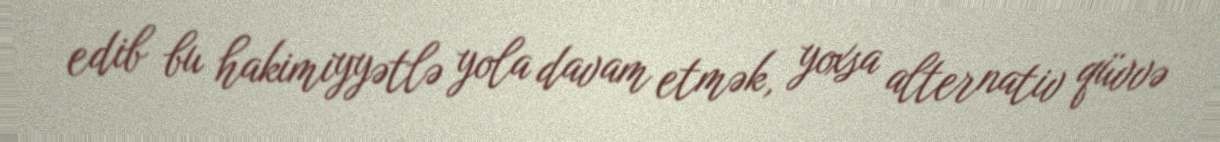
edib bu hakimiyyətlə yola davam etmək, yoxsa alternativ qüvvə